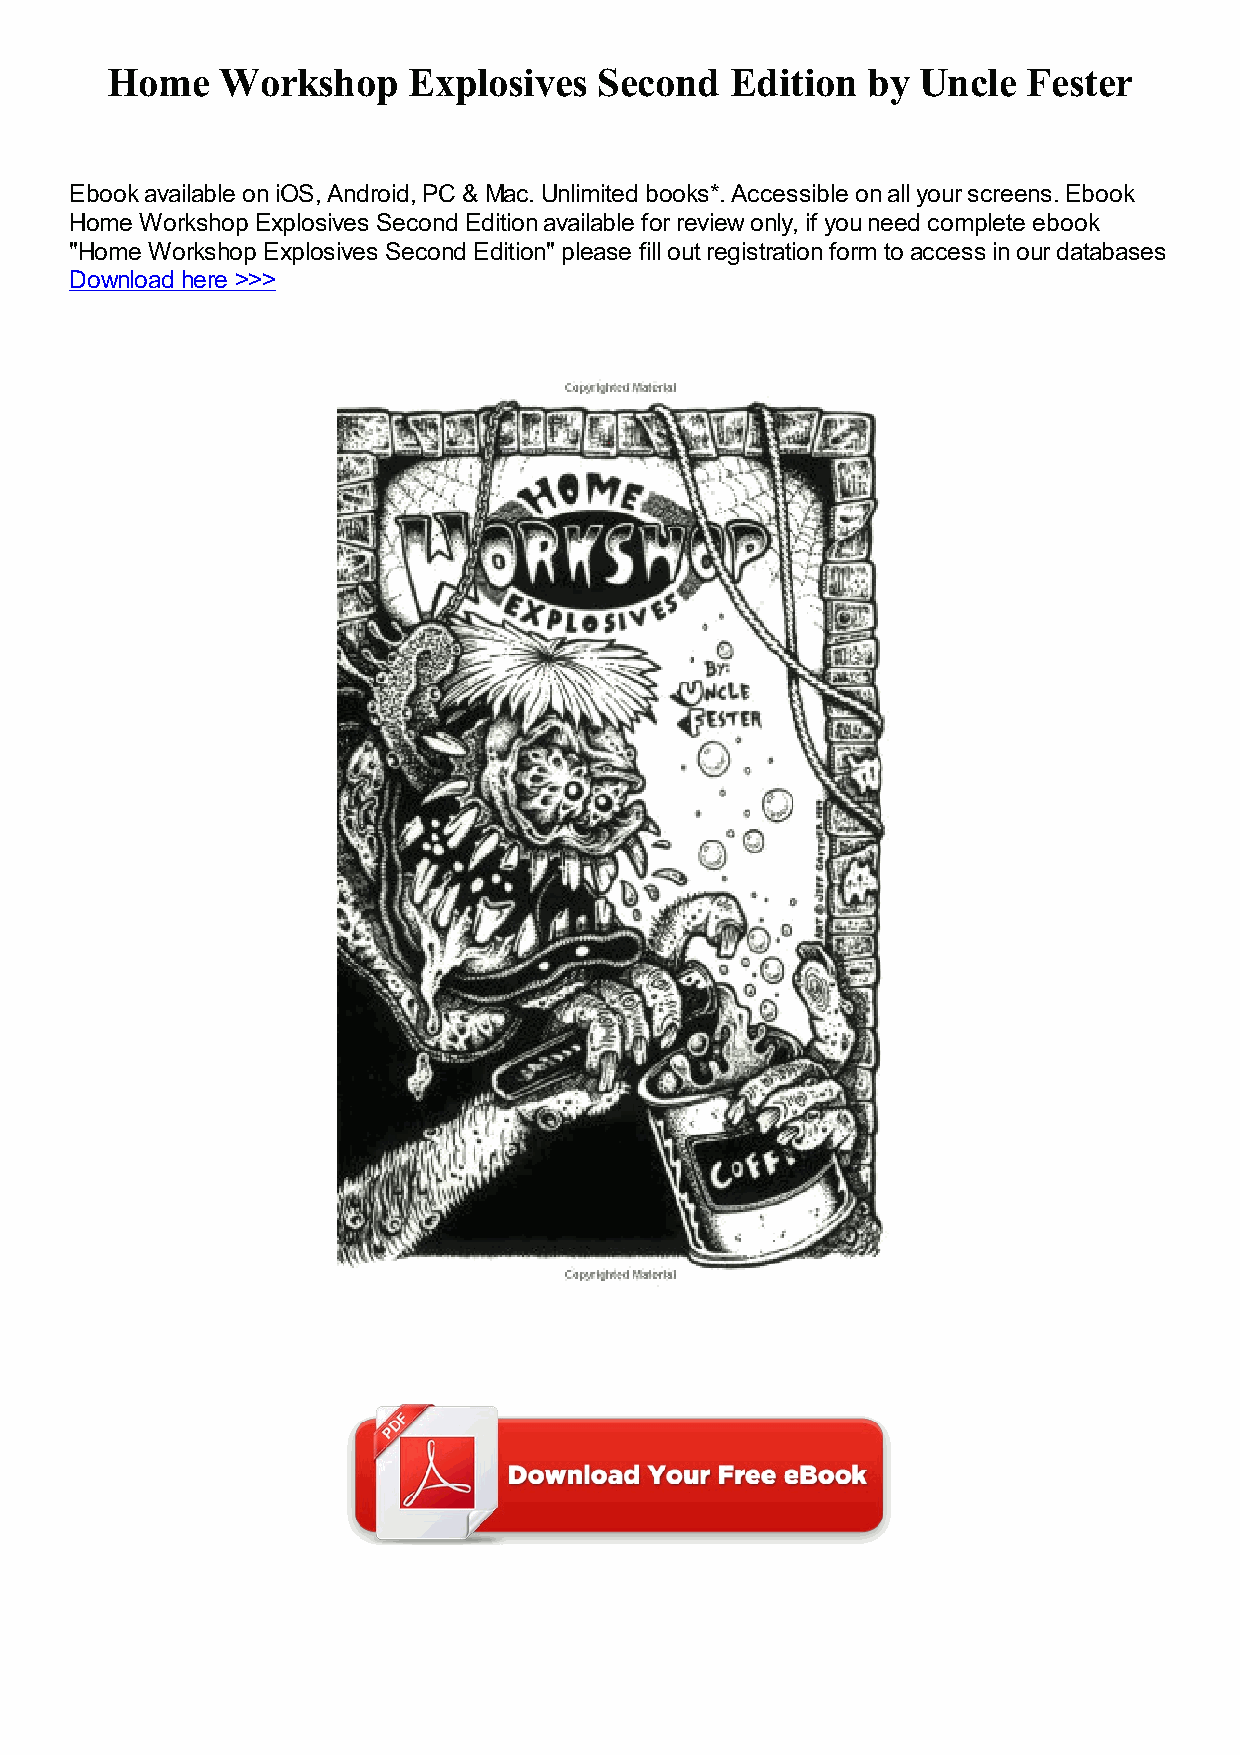
Home    Workshop    Explosives   Second  Edition  by  Uncle  Fester
 Ebook available on iOS, Android, PC & Mac. Unlimited books*. Accessible on all your screens. Ebook
 Home Workshop Explosives Second Edition available for review only, if you need complete ebook
 "Home Workshop Explosives Second Edition" please fill out registration form to access in our databases
 Download here >>>